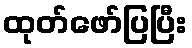
ထုတ်ဖော်ပြပြီး